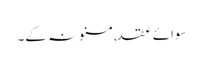
سوائے عقد,مسنونہ کے۔